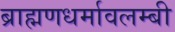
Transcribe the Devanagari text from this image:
ब्राह्मणधर्मावलम्बी